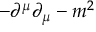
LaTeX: - \partial ^ { \mu } \partial _ { \mu } - m ^ { 2 }